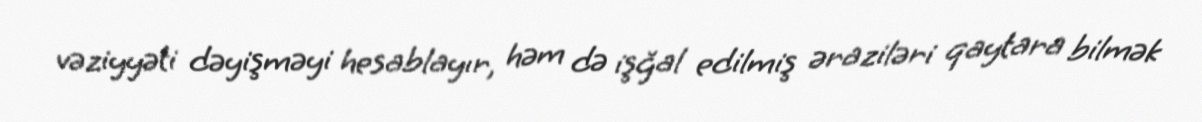
vəziyyəti dəyişməyi hesablayır, həm də işğal edilmiş əraziləri qaytara bilmək